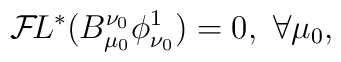
{\cal F}\!L^*(B^{\nu_0}_{\mu_0} \phi^1_{\nu_0})= 0, \ \forall \mu_0,